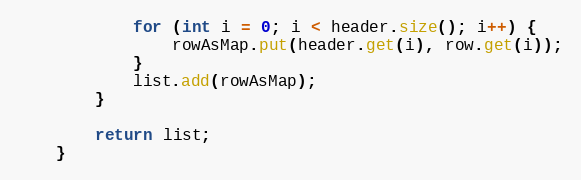
Language: Java
			for (int i = 0; i < header.size(); i++) {
				rowAsMap.put(header.get(i), row.get(i));
			}
			list.add(rowAsMap);
		}

		return list;
	}